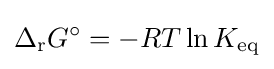
\Delta _{\text{r}}G^{\circ }=-RT\ln K_{\text{eq}}